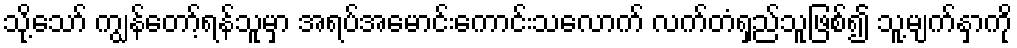
သို့သော် ကျွန်တော့်ရန်သူမှာ အရပ်အမောင်းကောင်းသလောက် လက်တံရှည်သူဖြစ်၍ သူ့မျက်နှာကို